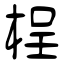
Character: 桯